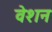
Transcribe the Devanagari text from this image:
वेशन